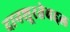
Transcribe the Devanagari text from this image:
दानशूरतेबद्दल